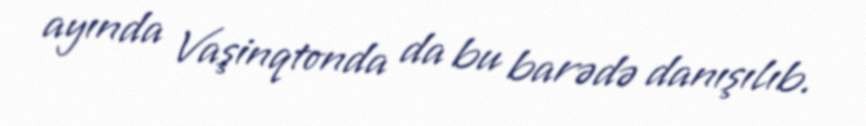
ayında Vaşinqtonda da bu barədə danışılıb.